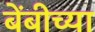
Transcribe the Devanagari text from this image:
बेंबीच्या